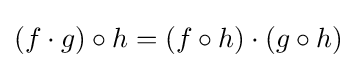
(f\cdot g)\circ h=(f\circ h)\cdot (g\circ h)